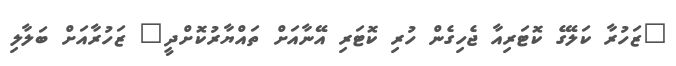
"ޒަހުރާ ކަލޭގެ ކޮޓަރިއާ ޖެހިގެން ހުރި ކޮޓަރި އޭނާއަށް ތައްޔާރުކޮށްދީ" ޒަހުރާއަށް ބަލާލި